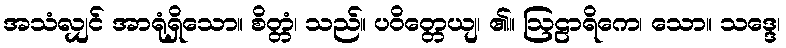
အသံလျှင် အာရုံရှိသော။ စိတ္တံ၊ သည်။ ပဝိတ္တေယျ၊ ၏။ ဩဠာရိကေ၊ သော။ သဒ္ဒေ၊